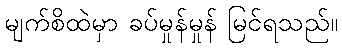
မျက်စိထဲမှာ ခပ်မှုန်မှုန် မြင်ရသည်။